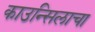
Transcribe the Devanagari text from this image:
काउन्सिलाचा